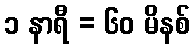
၁ နာရီ = ၆၀ မိနစ်